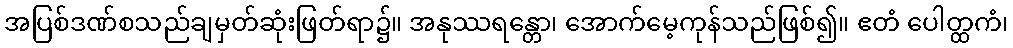
အပြစ်ဒဏ်စသည်ချမှတ်ဆုံးဖြတ်ရာ၌။ အနုဿရန္တော၊ အောက်မေ့ကုန်သည်ဖြစ်၍။ ဧတံ ပေါတ္ထကံ၊